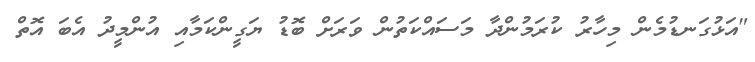
"އަޅުގަނޑުމެން މިހާރު ކުރަމުންދާ މަސައްކަތުން ވަރަށް ބޮޑު ޔަގީންކަމާއި އުންމީދު އެބަ އޮތް